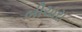
બીચારા